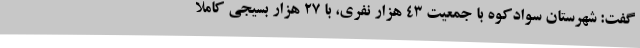
گفت: شهرستان سوادکوه با جمعیت 43 هزار نفری، با 27 هزار بسیجی کاملا